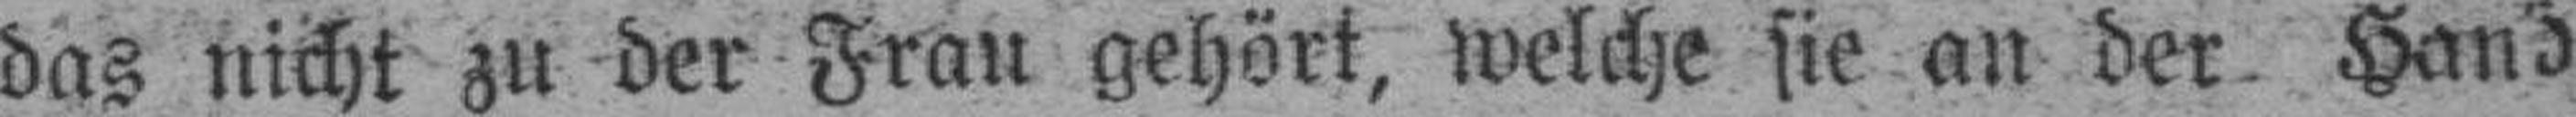
das nicht zu der Frau gehört, welche sie an der. Hand